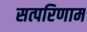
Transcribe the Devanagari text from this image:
सत्परिणाम